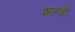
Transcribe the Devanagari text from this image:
शाहची